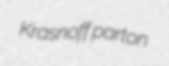
Krasnoff parton